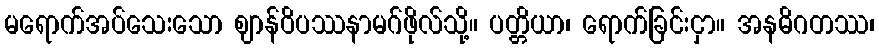
မရောက်အပ်သေးသော ဈာန်ဝိပဿနာမဂ်ဖိုလ်သို့။ ပတ္တိယာ၊ ရောက်ခြင်းငှာ။ အနဓိဂတဿ၊